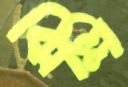
ঝিল্লি